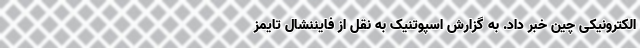
الکترونیکی چین خبر داد. به گزارش اسپوتنیک به نقل از فایننشال تایمز